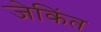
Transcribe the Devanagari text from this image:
जेकिंत